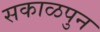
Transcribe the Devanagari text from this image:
सकाळपुन